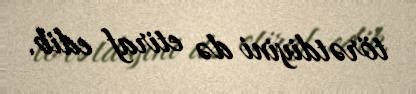
törətdiyini də etiraf edib.